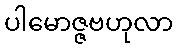
ပါမောဇ္ဇဗဟုလာ